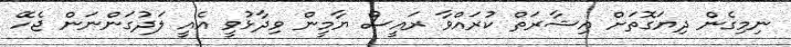
ނިމިގެން ދިޔަގޮތަށް އިޝާރަތް ކުރައްވާ ރައީސް ޔާމީން ވިދާޅުވީ އެއީ ލަދުގަންނަން ޖެހޭ